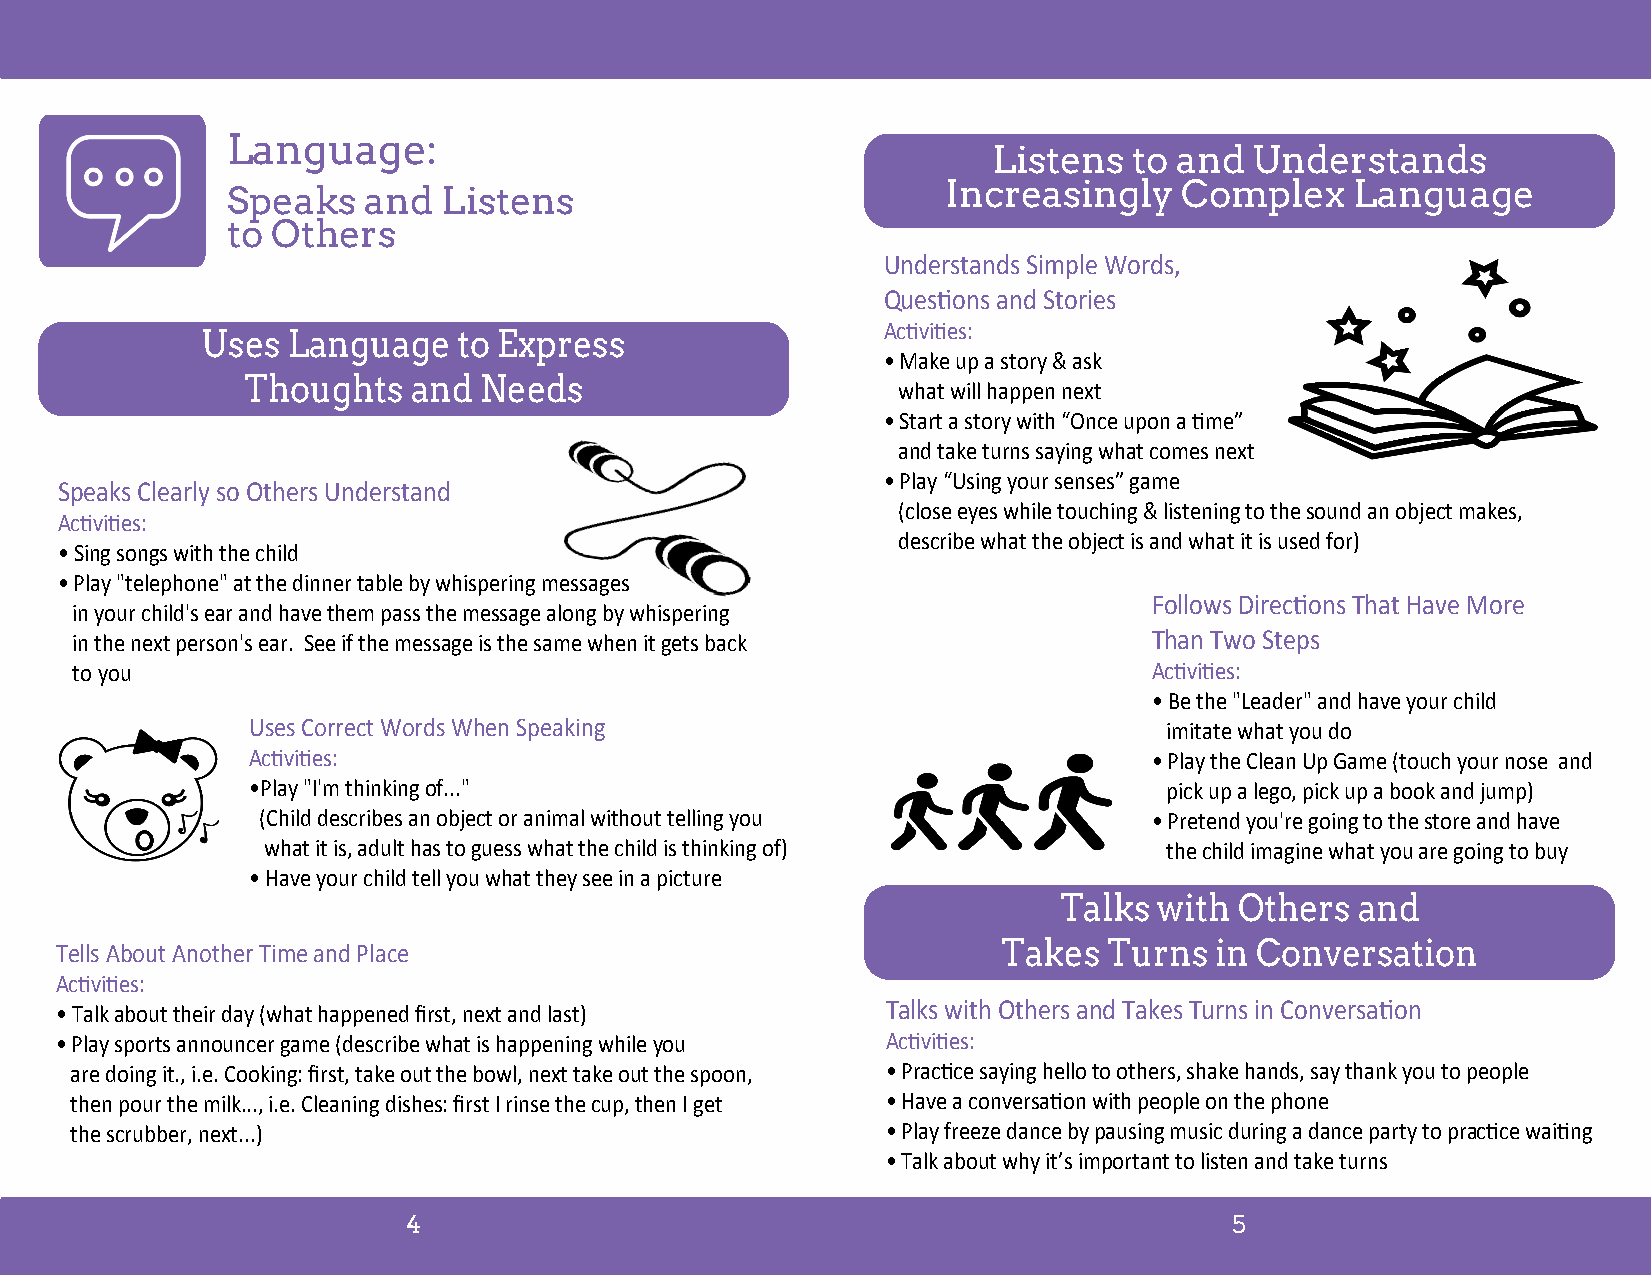
Language:
 Listens  to and  Understands
 Increasingly   Complex     Language
 Speaks   and  Listens
 to Others
 Understands Simple Words,
 Questions and Stories
 Activities:
 Uses  Language   to Express
 • Make up a story & ask
 Thoughts   and  Needs
 what will happen next
 • Start a story with “Once upon a time”
 and take turns saying what comes next
 • Play “Using your senses” game
 Speaks Clearly so Others Understand
 (close eyes while touching & listening to the sound an object makes,
 Activities:
 describe what the object is and what it is used for)
 • Sing songs with the child
 • Play "telephone" at the dinner table by whispering messages
 Follows Directions That Have More
 in your child's ear and have them pass the message along by whispering
 in the next person's ear. See if the message is the same when it gets back Than Two Steps
 to you                                                                 Activities:
 • Be the "Leader" and have your child
 Uses Correct Words When Speaking                            imitate what you do
 Activities:                                                • Play the Clean Up Game (touch your nose and
 •Play "I'm thinking of..."                                  pick up a lego, pick up a book and jump)
 (Child describes an object or animal without telling you   • Pretend you're going to the store and have
 what it is, adult has to guess what the child is thinking of) the child imagine what you are going to buy
 • Have your child tell you what they see in a picture
 Talks  with Others  and
 Tells About Another Time and Place                            Takes  Turns  in Conversation
 Activities:
 • Talk about their day (what happened first, next and last) Talks with Others and Takes Turns in Conversation
 • Play sports announcer game (describe what is happening while you Activities:
 are doing it., i.e. Cooking: first, take out the bowl, next take out the spoon, • Practice saying hello to others, shake hands, say thank you to people
 then pour the milk..., i.e. Cleaning dishes: first I rinse the cup, then I get • Have a conversation with people on the phone
 the scrubber, next...)                                • Play freeze dance by pausing music during a dance party to practice waiting
 • Talk about why it’s important to listen and take turns
 4                                                      5